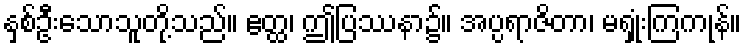
နှစ်ဦးသောသူတို့သည်။ ဧတ္ထ၊ ဤပြဿနာ၌။ အပ္ပရာဇိတာ၊ မရှုံးကြကုန်။